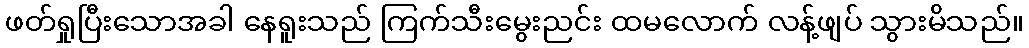
ဖတ်ရှုပြီးသောအခါ နေရူးသည် ကြက်သီးမွေးညင်း ထမလောက် လန့်ဖျပ် သွားမိသည်။